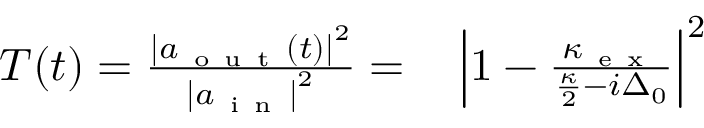
\begin{array} { r l } { T ( t ) = \frac { \left| a _ { { \mathrm { ~ o ~ u ~ t ~ } } } ( t ) \right| ^ { 2 } } { \left| a _ { \mathrm { ~ i ~ n ~ } } \right| ^ { 2 } } = } & { { } \left| 1 - \frac { \kappa _ { \mathrm { ~ e ~ x ~ } } } { \frac { \kappa } { 2 } - i \Delta _ { 0 } } \right| ^ { 2 } } \end{array}